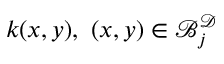
k ( x , y ) , ~ ( x , y ) \in \mathcal { B } _ { j } ^ { \mathcal { D } }